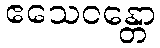
ဧသေဝန္တော